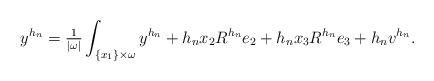
LaTeX: \begin{align*} y^{h_n}=\tfrac{1}{|\omega|} \int_{\{x_1\} \times \omega} y^{h_n} +h_nx_2 R^{h_n} e_2+h_nx_3R^{h_n} e_3+h_n v^{h_n}.\end{align*}